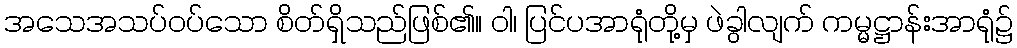
အသေအသပ်ဝပ်သော စိတ်ရှိသည်ဖြစ်၏။ ဝါ၊ ပြင်ပအာရုံတို့မှ ဖဲခွါလျက် ကမ္မဋ္ဌာန်းအာရုံ၌